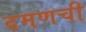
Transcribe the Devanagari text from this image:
दमणची